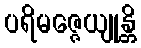
ပရိမဇ္ဇေယျုန္တိ